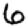
Digit: 6